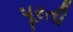
પૂરતી